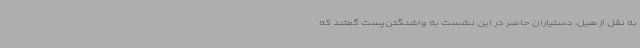
به نقل از هیل، دستیاران حاضر در این نشست به واشنگتن‌پست گفتند که